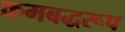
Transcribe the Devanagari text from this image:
क्रमबद्धरूप